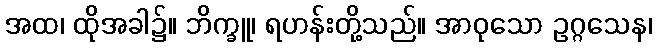
အထ၊ ထိုအခါ၌။ ဘိက္ခူ၊ ရဟန်းတို့သည်။ အာဝုသော ဥဂ္ဂသေန၊